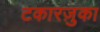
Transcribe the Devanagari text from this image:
टकारज़ुका